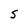
Character: S